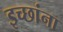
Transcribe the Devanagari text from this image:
इच्छांना